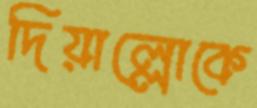
দিয়াল্লোকে